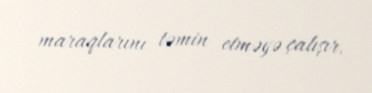
maraqlarını təmin etməyə çalışır.